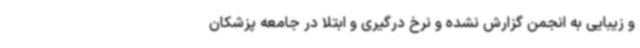
و زیبایی به انجمن گزارش نشده و نرخ درگیری و ابتلا در جامعه پزشکان